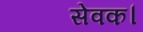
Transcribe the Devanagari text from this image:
सेवक।